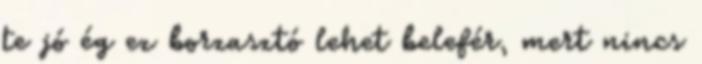
te jó ég ez borzasztó lehet belefér, mert nincs